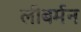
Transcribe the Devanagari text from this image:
लीबर्मन